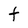
Character: f